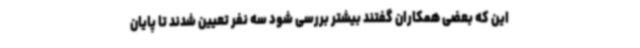
این که بعضی همکاران گفتند بیشتر بررسی شود سه نفر تعیین شدند تا پایان